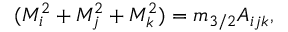
( M _ { i } ^ { 2 } + M _ { j } ^ { 2 } + M _ { k } ^ { 2 } ) = m _ { 3 / 2 } A _ { i j k } ,